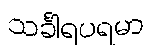
သင်္ခါရပရမာ